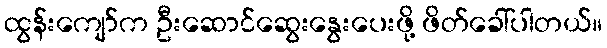
ထွန်းကျော်က ဦးဆောင်ဆွေးနွေးပေးဖို့ ဖိတ်ခေါ်ပါတယ်။